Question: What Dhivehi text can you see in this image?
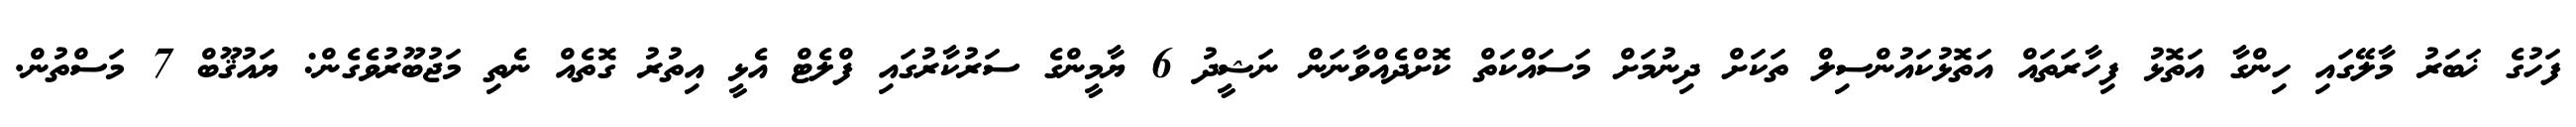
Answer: ފަހުގެ ޚަބަރު މާލޭގައި ހިންގާ އަތޮޅު ފިހާރަތައް އަތޮޅުކައުންސިލް ތަކަށް ދިނުމަށް މަސައްކަތް ކޮށްދެއްވާނަން ނަޝީދު 6 ޔާމީންގެ ސަރުކާރުގައި ފްލެޓް އެޅީ އިތުރު ގޮތެއް ނެތި މަޖުބޫރުވެގެން: ޔައުޤޫބް 7 މަސްތުން.